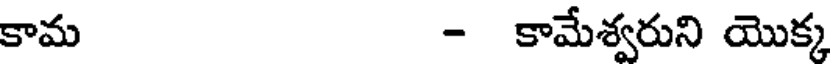
కామ - కామేశ్వరుని యొక్క